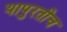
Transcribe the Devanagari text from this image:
यापुरतीच